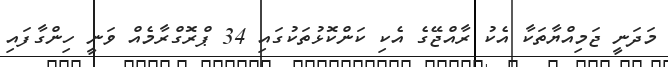
މަދަނީ ޖަމިއްޔާތަކާ އެކު ރާއްޖޭގެ އެކި ކަންކޮޅުތަކުގައި 34 ޕްރޮގްރާމެއް ވަނީ ހިންގާފައި